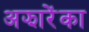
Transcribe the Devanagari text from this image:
अझारेंका